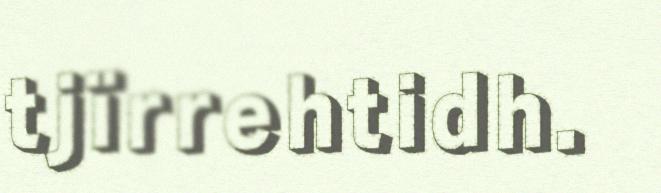
tjïrrehtidh.